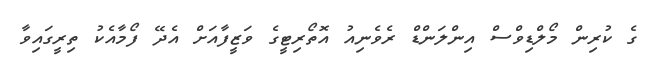
ގެ ކުރިން މޯލްޑިވްސް އިންލަންޑް ރެވެނިއު އޮތޯރިޓީގެ ވަޒީފާއަށް އެދޭ ފޯމާއެކު ތިރީގައިވާ